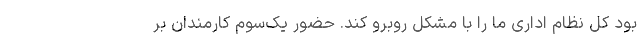
بود کل نظام اداری ما را با مشکل روبرو کند. حضور یک‌سوم کارمندان بر